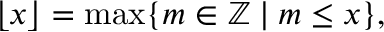
\lfloor x \rfloor = \operatorname* { m a x } \{ m \in \mathbb { Z } \mid m \leq x \} ,